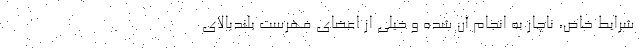
شرایط خاص، ناچار به انجام آن شده و خیلی از اعضای فهرست بلندبالای